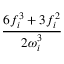
\frac { 6 f _ { i } ^ { 3 } + 3 f _ { i } ^ { 2 } } { 2 \omega _ { i } ^ { 3 } }